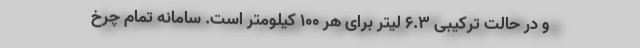
و در حالت ترکیبی 6.3 لیتر برای هر 100 کیلومتر است. سامانه تمام چرخ